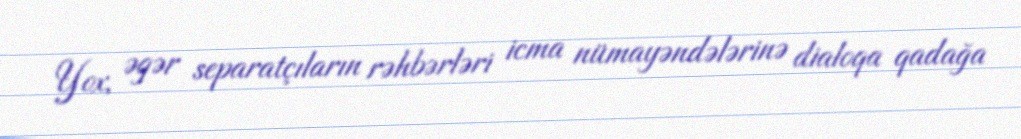
Yox, əgər separatçıların rəhbərləri icma nümayəndələrinə dialoqa qadağa